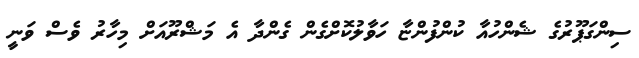
ސިންގަޕޫރުގެ ޝެންހުއާ ކުންފުންޏާ ހަވާލުކޮށްގެން ގެންދާ އެ މަޝްރޫއަށް މިހާރު ވެސް ވަނީ